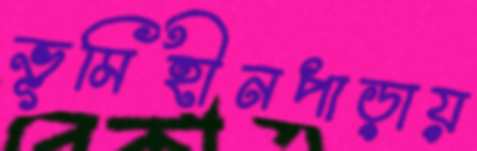
ভূমিহীনপাড়ায়